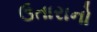
ઉતારાનો